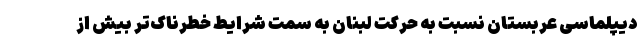
دیپلماسی عربستان نسبت به حرکت لبنان به سمت شرایط خطرناک‌تر بیش از